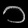
Digit: ၁